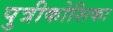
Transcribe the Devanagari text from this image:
पुत्रीकोशिका